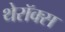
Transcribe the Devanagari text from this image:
थेरॉक्स